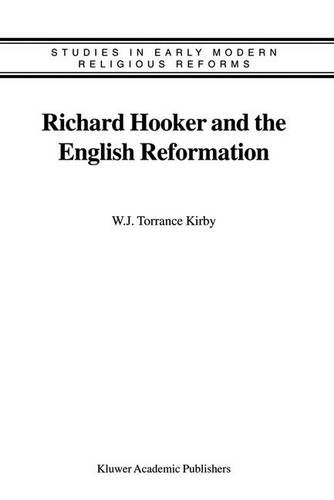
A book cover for Richard Hooker and the English Reformation (Studies in Early Modern Religious Tradition, Culture and Society); Christian Books & Bibles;